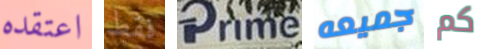
اعتقده فقط Prime جميعه كم